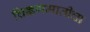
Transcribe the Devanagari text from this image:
चिक्कणमातीचा